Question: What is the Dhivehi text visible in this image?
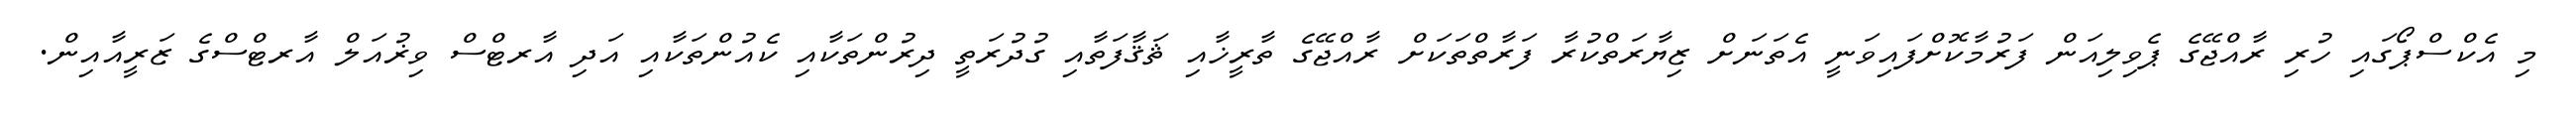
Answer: މި އެކްސްޕޯގައި ހުރި ރާއްޖޭގެ ޕެވިލިއަން ފަރުމާކޮށްފައިވަނީ އެތަނަށް ޒިޔާރަތްކުރާ ފަރާތްތަކަށް ރާއްޖޭގެ ތާރީޚާއި ޘަޤާފަތާއި ގުދުރަތީ ދިރުންތަކާއި ކެއުންތަކާއި އަދި އާރޓްސް ވިޜުއަލް އާރޓްސްގެ ޒަރީއާއިން.